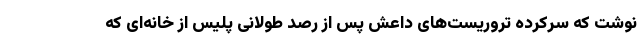
نوشت که سرکرده تروریست‌های داعش پس از رصد طولانی پلیس از خانه‌ای که